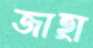
জাহ্রা